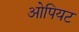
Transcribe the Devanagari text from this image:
ओपियट